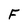
Character: F